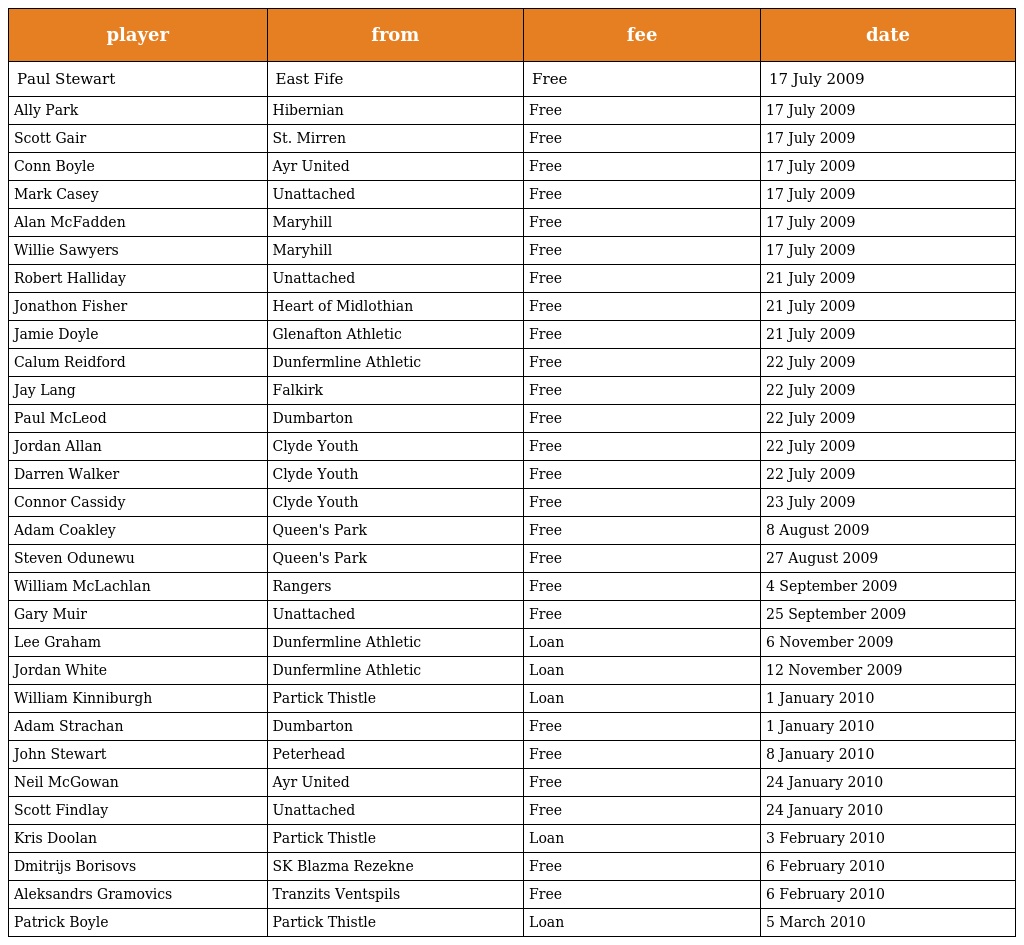
| player | from | fee | date |
 | --- | --- | --- | --- |
 | Paul Stewart | East Fife | Free | 17 July 2009 |
 | Ally Park | Hibernian | Free | 17 July 2009 |
 | Scott Gair | St. Mirren | Free | 17 July 2009 |
 | Conn Boyle | Ayr United | Free | 17 July 2009 |
 | Mark Casey | Unattached | Free | 17 July 2009 |
 | Alan McFadden | Maryhill | Free | 17 July 2009 |
 | Willie Sawyers | Maryhill | Free | 17 July 2009 |
 | Robert Halliday | Unattached | Free | 21 July 2009 |
 | Jonathon Fisher | Heart of Midlothian | Free | 21 July 2009 |
 | Jamie Doyle | Glenafton Athletic | Free | 21 July 2009 |
 | Calum Reidford | Dunfermline Athletic | Free | 22 July 2009 |
 | Jay Lang | Falkirk | Free | 22 July 2009 |
 | Paul McLeod | Dumbarton | Free | 22 July 2009 |
 | Jordan Allan | Clyde Youth | Free | 22 July 2009 |
 | Darren Walker | Clyde Youth | Free | 22 July 2009 |
 | Connor Cassidy | Clyde Youth | Free | 23 July 2009 |
 | Adam Coakley | Queen's Park | Free | 8 August 2009 |
 | Steven Odunewu | Queen's Park | Free | 27 August 2009 |
 | William McLachlan | Rangers | Free | 4 September 2009 |
 | Gary Muir | Unattached | Free | 25 September 2009 |
 | Lee Graham | Dunfermline Athletic | Loan | 6 November 2009 |
 | Jordan White | Dunfermline Athletic | Loan | 12 November 2009 |
 | William Kinniburgh | Partick Thistle | Loan | 1 January 2010 |
 | Adam Strachan | Dumbarton | Free | 1 January 2010 |
 | John Stewart | Peterhead | Free | 8 January 2010 |
 | Neil McGowan | Ayr United | Free | 24 January 2010 |
 | Scott Findlay | Unattached | Free | 24 January 2010 |
 | Kris Doolan | Partick Thistle | Loan | 3 February 2010 |
 | Dmitrijs Borisovs | SK Blazma Rezekne | Free | 6 February 2010 |
 | Aleksandrs Gramovics | Tranzits Ventspils | Free | 6 February 2010 |
 | Patrick Boyle | Partick Thistle | Loan | 5 March 2010 |